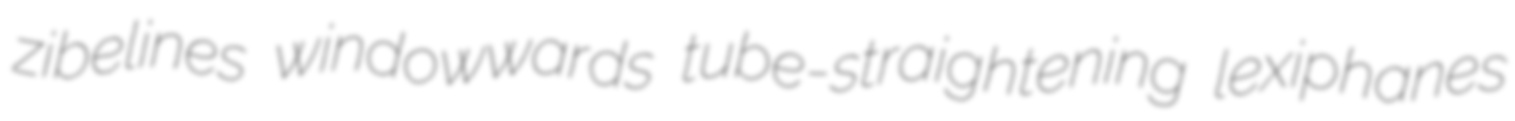
zibelines windowwards tube-straightening lexiphanes